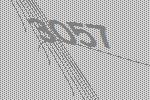
3057